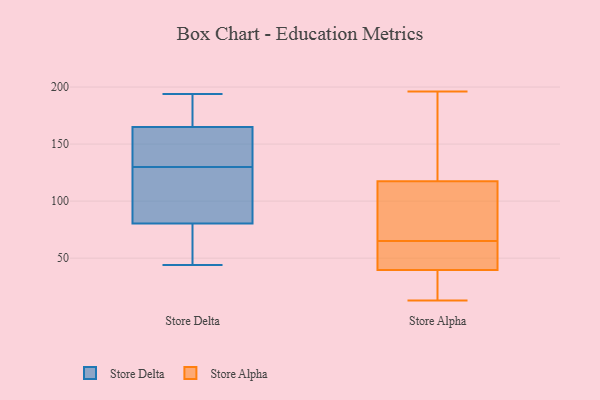
{"axis": {"x": "Bounce Rate (%)", "y": "Value"}, "legend": ["Store Alpha", "Store Delta"], "data": [{"x": "", "y": 194, "type": "Store Delta"}, {"x": "", "y": 159, "type": "Store Delta"}, {"x": "", "y": 95, "type": "Store Delta"}, {"x": "", "y": 58, "type": "Store Delta"}, {"x": "", "y": 44, "type": "Store Delta"}, {"x": "", "y": 130, "type": "Store Delta"}, {"x": "", "y": 92, "type": "Store Delta"}, {"x": "", "y": 69, "type": "Store Delta"}, {"x": "", "y": 130, "type": "Store Delta"}, {"x": "", "y": 187, "type": "Store Delta"}, {"x": "", "y": 171, "type": "Store Delta"}, {"x": "", "y": 151, "type": "Store Delta"}, {"x": "", "y": 112, "type": "Store Alpha"}, {"x": "", "y": 41, "type": "Store Alpha"}, {"x": "", "y": 36, "type": "Store Alpha"}, {"x": "", "y": 158, "type": "Store Alpha"}, {"x": "", "y": 76, "type": "Store Alpha"}, {"x": "", "y": 17, "type": "Store Alpha"}, {"x": "", "y": 196, "type": "Store Alpha"}, {"x": "", "y": 43, "type": "Store Alpha"}, {"x": "", "y": 13, "type": "Store Alpha"}, {"x": "", "y": 94, "type": "Store Alpha"}, {"x": "", "y": 65, "type": "Store Alpha"}, {"x": "", "y": 134, "type": "Store Alpha"}, {"x": "", "y": 58, "type": "Store Alpha"}]}